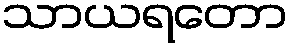
သာယရတော